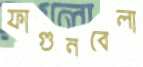
ফাগুনবেলা